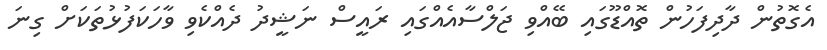
އެގޮތުން ދާދިފަހުން ތޮއްޑޫގައި ބޭއްވި ޖަލްސާއެއްގައި ރައީސް ނަޝީދު ދެއްކެވި ވާހަކަފުޅުތަކަށް ގިނަ